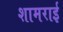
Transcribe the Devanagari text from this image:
शामराई